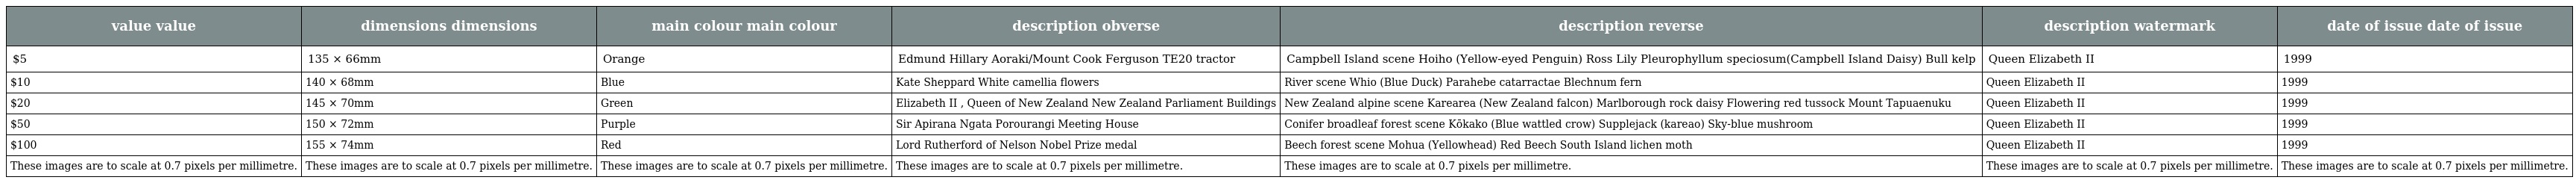
| value value | dimensions dimensions | main colour main colour | description obverse | description reverse | description watermark | date of issue date of issue |
 | --- | --- | --- | --- | --- | --- | --- |
 | $5 | 135 × 66mm | Orange | Edmund Hillary Aoraki/Mount Cook Ferguson TE20 tractor | Campbell Island scene Hoiho (Yellow-eyed Penguin) Ross Lily Pleurophyllum speciosum(Campbell Island Daisy) Bull kelp | Queen Elizabeth II | 1999 |
 | $10 | 140 × 68mm | Blue | Kate Sheppard White camellia flowers | River scene Whio (Blue Duck) Parahebe catarractae Blechnum fern | Queen Elizabeth II | 1999 |
 | $20 | 145 × 70mm | Green | Elizabeth II , Queen of New Zealand New Zealand Parliament Buildings | New Zealand alpine scene Karearea (New Zealand falcon) Marlborough rock daisy Flowering red tussock Mount Tapuaenuku | Queen Elizabeth II | 1999 |
 | $50 | 150 × 72mm | Purple | Sir Apirana Ngata Porourangi Meeting House | Conifer broadleaf forest scene Kōkako (Blue wattled crow) Supplejack (kareao) Sky-blue mushroom | Queen Elizabeth II | 1999 |
 | $100 | 155 × 74mm | Red | Lord Rutherford of Nelson Nobel Prize medal | Beech forest scene Mohua (Yellowhead) Red Beech South Island lichen moth | Queen Elizabeth II | 1999 |
 | These images are to scale at 0.7 pixels per millimetre. | These images are to scale at 0.7 pixels per millimetre. | These images are to scale at 0.7 pixels per millimetre. | These images are to scale at 0.7 pixels per millimetre. | These images are to scale at 0.7 pixels per millimetre. | These images are to scale at 0.7 pixels per millimetre. | These images are to scale at 0.7 pixels per millimetre. |